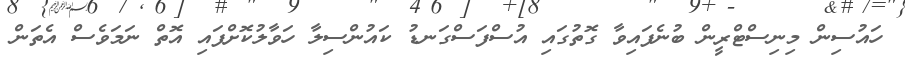
ހައުސިން މިނިސްޓްރީން ބުނެފައިވާ ގޮތުގައި އުސްފަސްގަނޑު ކައުންސިލާ ހަވާލުކޮށްފައި އޮތް ނަމަވެސް އެތަން